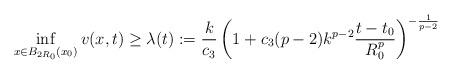
LaTeX: \begin{align*}\inf_{x\in B_{2R_0}(x_0)} v(x,t) \geq \lambda(t) := \frac{k}{c_3} \left(1+c_3(p-2)k^{p-2}\frac{t-t_0}{R_0^p}\right)^{-\frac{1}{p-2}}\end{align*}